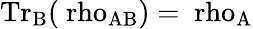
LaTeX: \mathrm{{Tr}_{B}(\ rho_{AB})=\ rho_{A}}